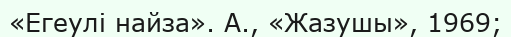
«Егеулі найза». А., «Жазушы», 1969;